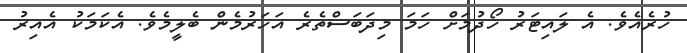
ހުރެއެވެ. އެ ލައިޓަރު ހޯދުމަށް ހަމަ މިދަބަސްތެރެ އަހަރުމެން ބެލީމެވެ. އެކަމަކު އެއިރު